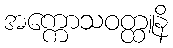
အက္ကောသဝတ္ထူနိ